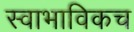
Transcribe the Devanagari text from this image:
स्‍वाभाविकच